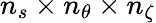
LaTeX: {n_{s}}\times{n_{\theta}}\times{n_{\zeta}}